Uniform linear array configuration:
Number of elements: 64
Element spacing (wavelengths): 0.75
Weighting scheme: hamming
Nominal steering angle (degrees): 0
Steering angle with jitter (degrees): -0.4027
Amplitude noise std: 0.05
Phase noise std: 0.05

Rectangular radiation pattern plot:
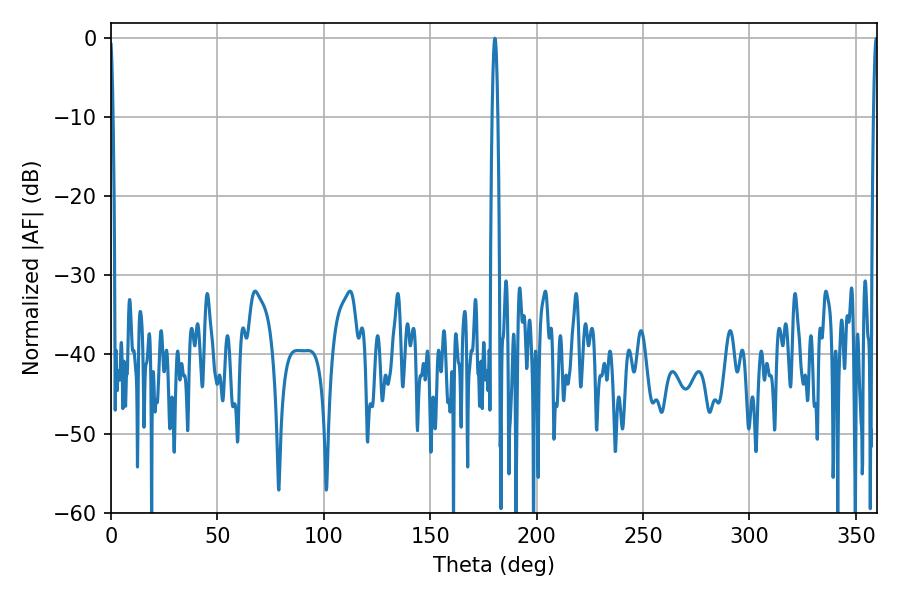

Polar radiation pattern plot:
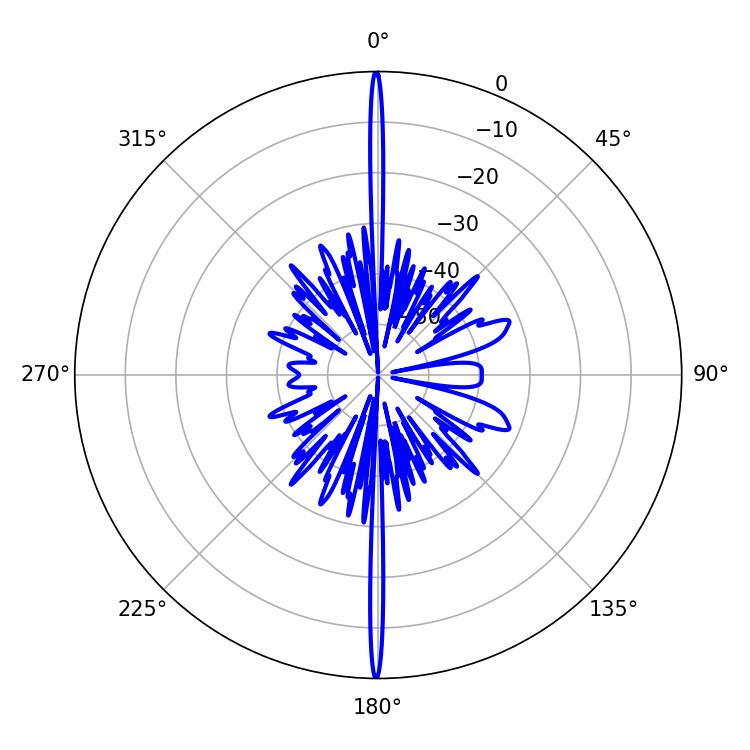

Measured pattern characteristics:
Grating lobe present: TRUE
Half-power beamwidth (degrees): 1.44
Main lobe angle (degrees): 180.36